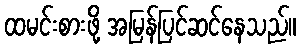
ထမင်းစားဖို့ အမြန်ပြင်ဆင်နေသည်။